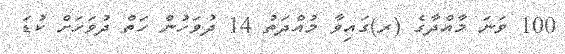
100 ވަނަ މާއްދާގެ (ރ)ގައިވާ މުއްދަތު 14 ދުވަހުން ހަތް ދުވަހަށް ކުޑަ